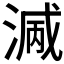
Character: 𣺭